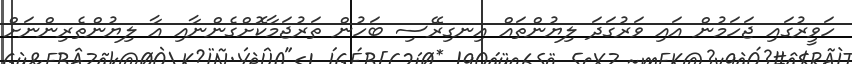
ހަވީރުގައި ޖަހަމުން އައި ވަރުގަދަ ލިޔުންތައް އިނގިރޭސި ބަހުން ތަރުޖަމާކޮށްގެންނާއި އާ ލިޔުންތެރިންނަށް